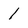
Character: 1